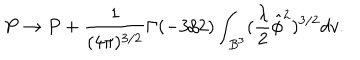
P \rightarrow P + \frac { 1 } { ( 4 \pi ) ^ { 3 / 2 } } \Gamma ( - 3 / 2 ) \int _ { B ^ { 3 } } ( \frac { \lambda } { 2 } \hat { \phi } ^ { 2 } ) ^ { 3 / 2 } d v .